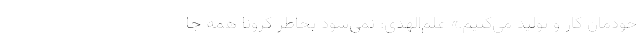
خودمان کار و تولید می‌کنیم.» علم‌الهدی: نمی‌شود بخاطر کرونا همه جا